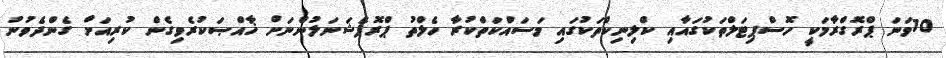
10ވަނަ ޕްރޮގްރާމަކީ ހޮސްޕިޓަލްތަކުގައާއި ކްލިނިކްތަކުގައި މަސައްކަތްކުރާ ހެލްތު ޕްރޮފެޝަނަލުންނަށް ޚާއްޞަކުރެވިގެން ކުރިއަށް ގެންދެވުނު